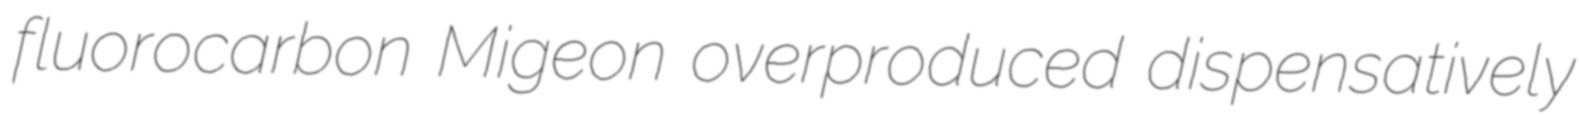
fluorocarbon Migeon overproduced dispensatively